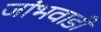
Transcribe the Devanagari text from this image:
जांभवाडी